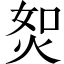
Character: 𤈟